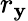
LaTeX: r_{\mathbf{y}}